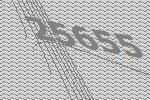
25655